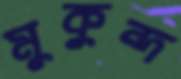
মুকুন্দ